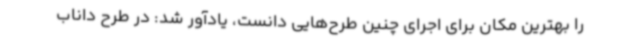
را بهترین مکان برای اجرای چنین طرح‌هایی دانست، یادآور شد: در طرح داناب